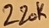
Text: 220K